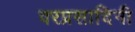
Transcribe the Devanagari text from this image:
वरप्रसादिनी